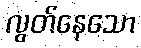
လွတ်နေသော